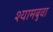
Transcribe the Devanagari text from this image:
श्यामबुवा